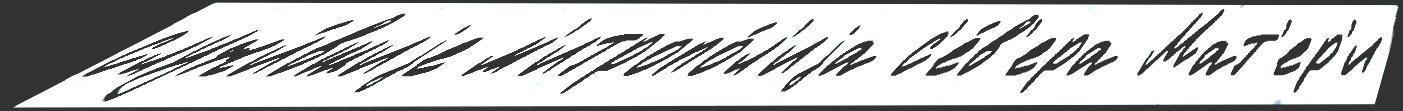
служи́вшиjе м'итропо́л'иjа с'е́в'ера Мат'ер'и